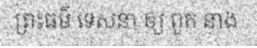
ព្រះធម៌ ទេសនា ឲ្យ ពួក នាង